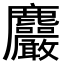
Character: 𪋹